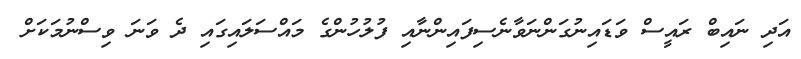
އަދި ނައިބް ރައީސް ވަޑައިނުގަންނަވާނެސިފައިންނާއި ފުލުހުުންގެ މައްސަލައިގައި ދެ ވަނަ ވިސްނުމަކަށް